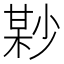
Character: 𡮘